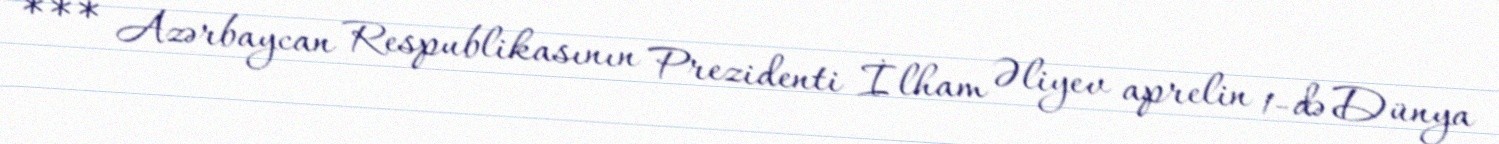
*** Azərbaycan Respublikasının Prezidenti İlham Əliyev aprelin 1-də Dünya